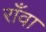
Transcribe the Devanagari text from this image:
राँवा